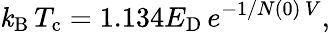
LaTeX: \mathit{k}_{\mathrm{{{B}}}}\, T_{\mathrm{{{c}}}}=1.134E_{\mathrm{{{D}}}}\, {e^{-1/N(0)\, V}},